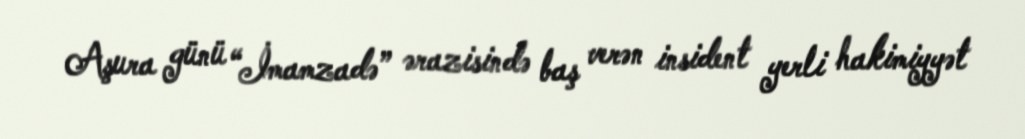
Aşura günü “İmamzadə” ərazisində baş verən insident yerli hakimiyyət